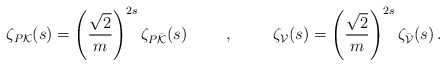
\begin{align*}\zeta_{P{\cal K}}(s)=\left( \frac{\sqrt{2}}{m}\right)^{2s} \zeta_{P\bar{\cal K}}(s) \hspace{1cm}, \hspace{1cm} \zeta_{\cal V}(s)=\left( \frac{\sqrt{2}}{m} \right)^{2s} \zeta_{\bar{\cal V}}(s)\,.\end{align*}